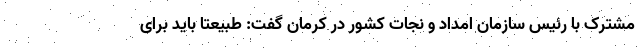
مشترک با رئیس سازمان امداد و نجات کشور در کرمان گفت: طبیعتا باید برای